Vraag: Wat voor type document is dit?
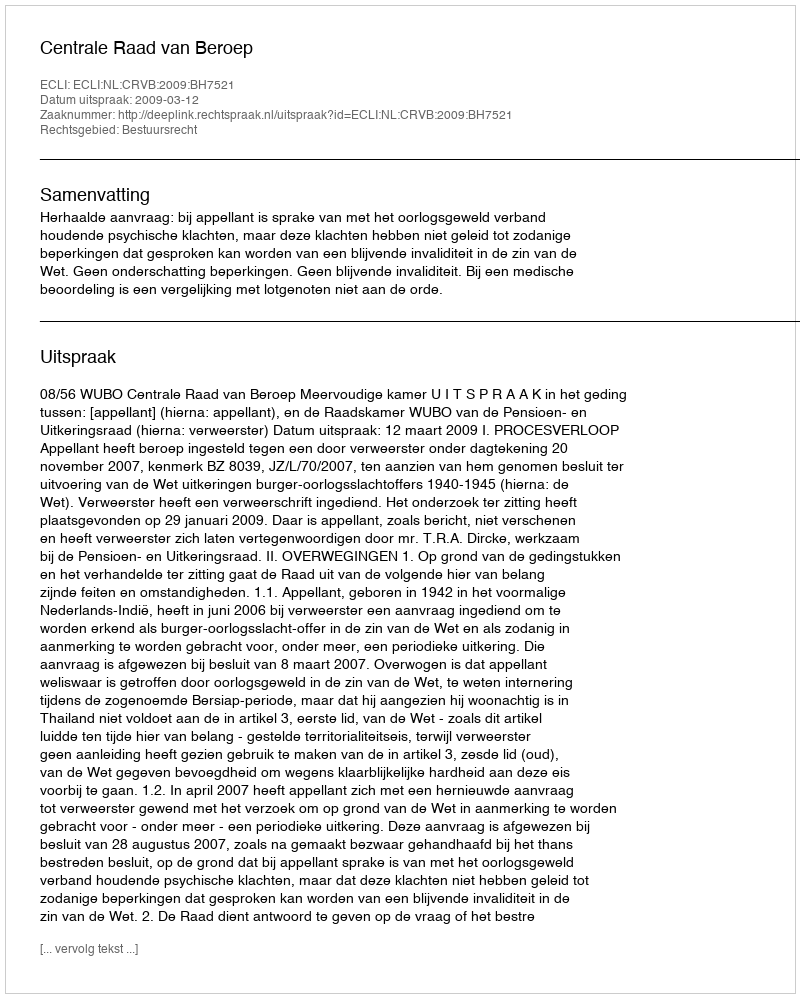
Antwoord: Uitspraak